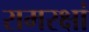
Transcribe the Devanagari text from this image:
रामरक्षां